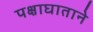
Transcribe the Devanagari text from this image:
पक्षाघाताने